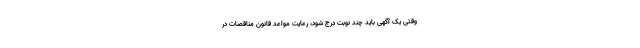
وقتی یک آگهی باید چند نوبت درج شود، رعایت مواعد قانون مناقصات در